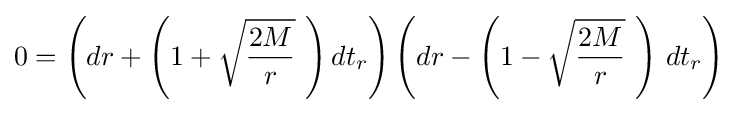
0=\left(dr+\left(1+{\sqrt {\frac {2M}{r}}}\ \right)dt_{r}\right)\left(dr-\left(1-{\sqrt {\frac {2M}{r}}}\ \right)\,dt_{r}\right)